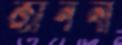
জাননা